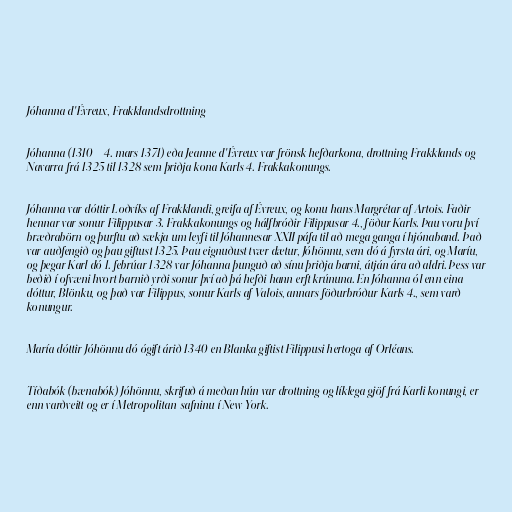
Jóhanna d'Évreux, Frakklandsdrottning

Jóhanna (1310 – 4. mars 1371) eða Jeanne d'Évreux var frönsk hefðarkona, drottning Frakklands og
Navarra frá 1325 til 1328 sem þriðja kona Karls 4. Frakkakonungs.

Jóhanna var dóttir Loðvíks af Frakklandi, greifa af Évreux, og konu hans Margrétar af Artois. Faðir
hennar var sonur Filippusar 3. Frakkakonungs og hálfbróðir Filippusar 4., föður Karls. Þau voru því
bræðrabörn og þurftu að sækja um leyfi til Jóhannesar XXII páfa til að mega ganga í hjónaband. Það
var auðfengið og þau giftust 1325. Þau eignuðust tvær dætur, Jóhönnu, sem dó á fyrsta ári, og Maríu,
og þegar Karl dó 1. febrúar 1328 var Jóhanna þunguð að sínu þriðja barni, átján ára að aldri. Þess var
beðið í ofvæni hvort barnið yrði sonur því að þá hefði hann erft krúnuna. En Jóhanna ól enn eina
dóttur, Blönku, og það var Filippus, sonur Karls af Valois, annars föðurbróður Karls 4., sem varð
konungur.

María dóttir Jóhönnu dó ógift árið 1340 en Blanka giftist Filippusi hertoga af Orléans.

Tíðabók (bænabók) Jóhönnu, skrifuð á meðan hún var drottning og líklega gjöf frá Karli konungi, er
enn varðveitt og er í Metropolitan-safninu í New York.